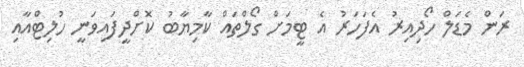
ރަން މެޑަލް ހޯދިއިރު އެފަހަރު އެ ޓީމަށް ގޯލްތައް ކާމިޔާބު ކޮށްދީފައިވަނީ ހުލިޓްއާއި